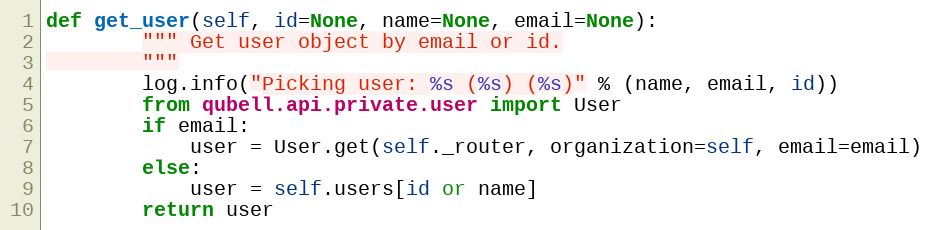
Language: Python
def get_user(self, id=None, name=None, email=None):
        """ Get user object by email or id.
        """
        log.info("Picking user: %s (%s) (%s)" % (name, email, id))
        from qubell.api.private.user import User
        if email:
            user = User.get(self._router, organization=self, email=email)
        else:
            user = self.users[id or name]
        return user